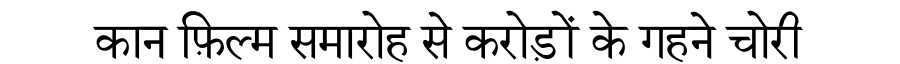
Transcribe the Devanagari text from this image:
कान फ़िल्म समारोह से करोड़ों के गहने चोरी